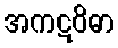
အကဋဝိဓာ